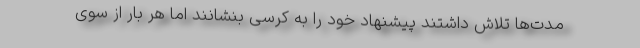
مدت‌ها تلاش داشتند پیشنهاد خود را به کرسی بنشانند اما هر بار از سوی